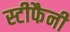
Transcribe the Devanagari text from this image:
स्टीफैनी